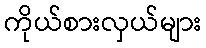
ကိုယ်စားလှယ်များ